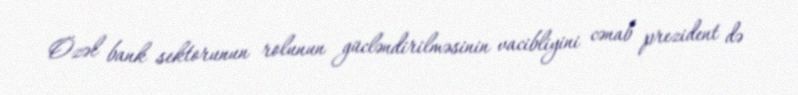
Özəl bank sektorunun rolunun gücləndirilməsinin vacibliyini cənab prezident də